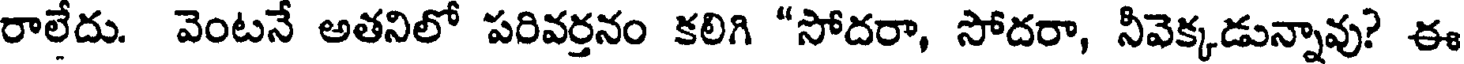
రాలేదు. వెంటనే అతనిలో పరివర్తనం కలిగి "సోదరా, సోదరా, నీవెక్కడున్నావు? ఈ